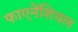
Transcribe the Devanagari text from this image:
फाएनेंशियल